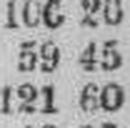
121 60